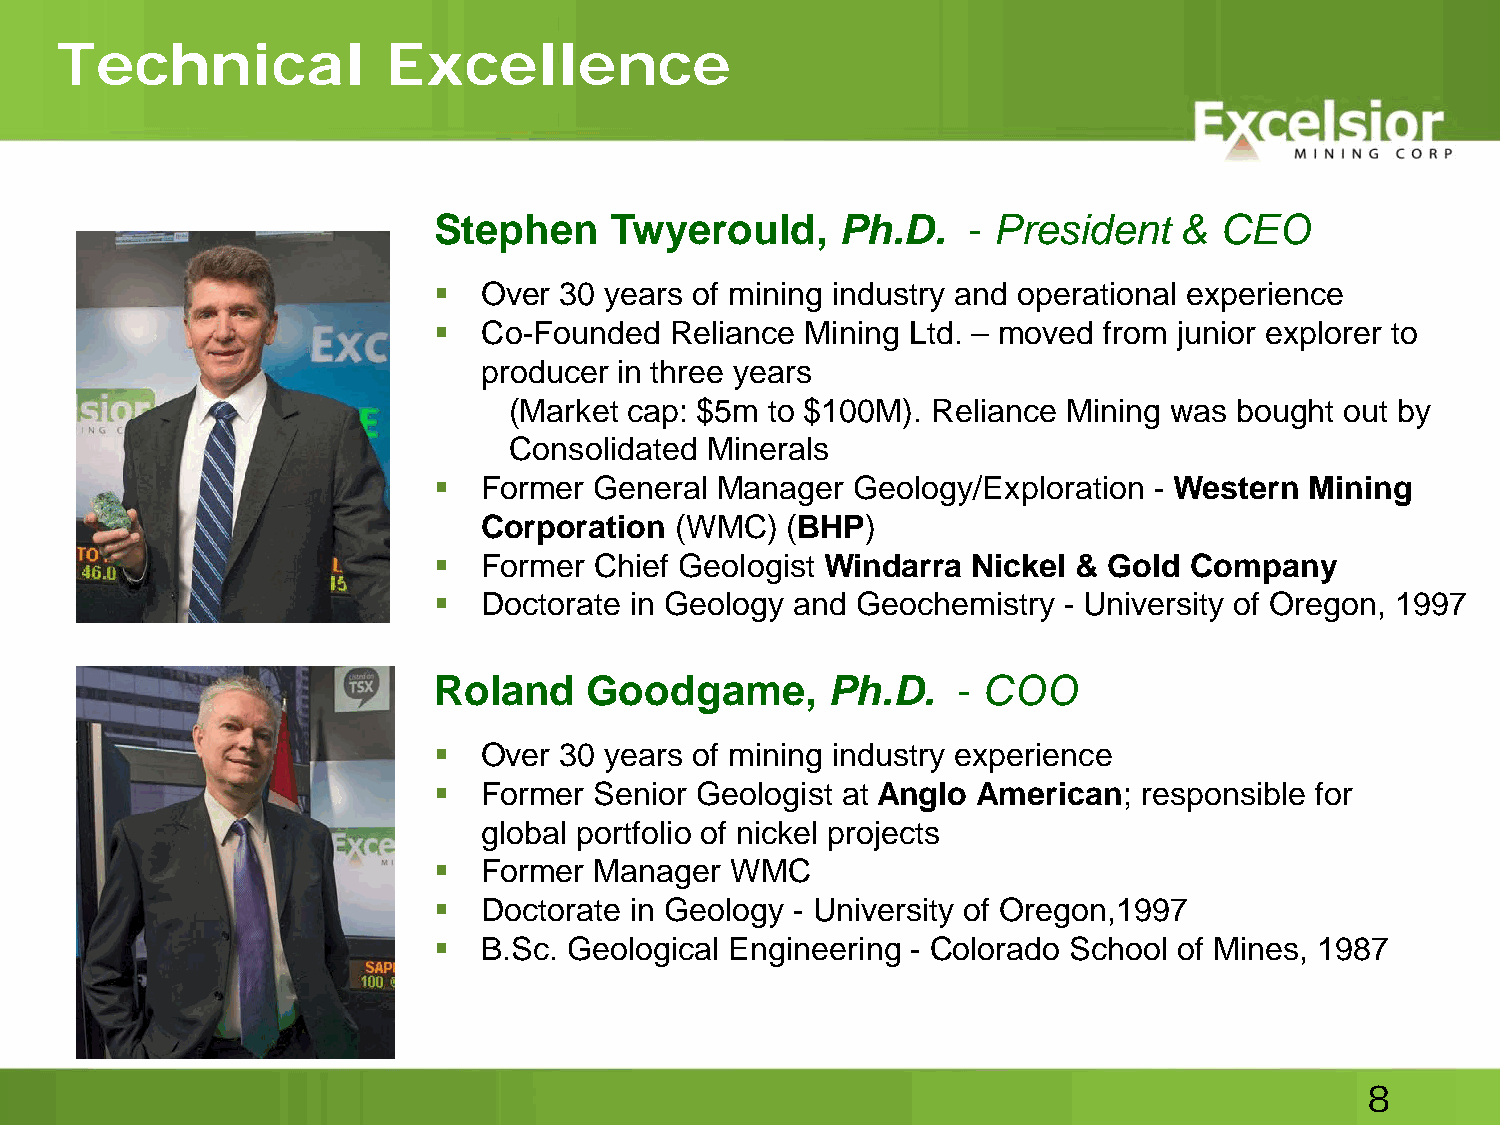
Technical             Excellence
 Stephen    Twyerould,      Ph.D.   - President   &  CEO
   Over 30 years of mining industry and operational experience
   Co-Founded  Reliance Mining Ltd. – moved from junior explorer to
 producer in three years
 (Market cap: $5m to $100M). Reliance Mining was bought out by
 Consolidated Minerals
   Former General  Manager  Geology/Exploration - Western Mining
 Corporation  (WMC)  (BHP)
   Former Chief Geologist Windarra Nickel & Gold  Company
   Doctorate in Geology and Geochemistry - University of Oregon, 1997
 Roland    Goodgame,       Ph.D.   - COO
   Over 30 years of mining industry experience
   Former Senior Geologist at Anglo American;  responsible for
 global portfolio of nickel projects
   Former Manager  WMC
   Doctorate in Geology - University of Oregon,1997
   B.Sc. Geological Engineering - Colorado School of Mines, 1987
 8